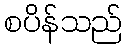
စပိန်သည်